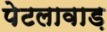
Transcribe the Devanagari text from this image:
पेटलावाड़